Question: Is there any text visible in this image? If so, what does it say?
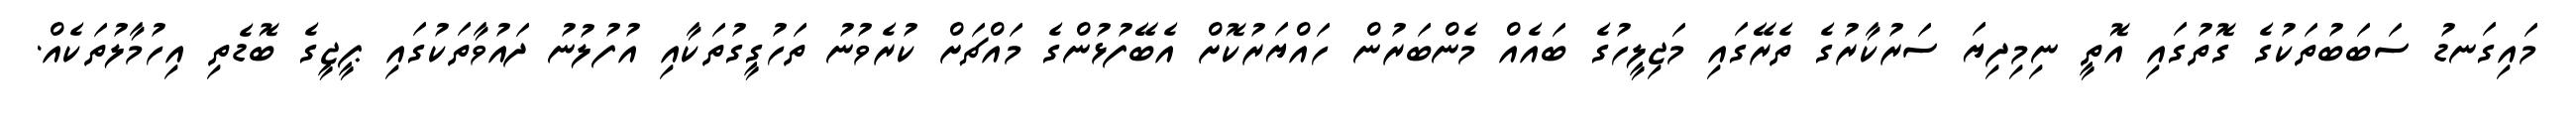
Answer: މައިގަނޑު ސަބަބުތަކުގެ ގޮތުގައި އޮތީ ނިމިދިޔަ ސަރުކާރުގެ ތެރޭގައި މަޖިލީހުގެ ބައެއް މެންބަރުން ހައްޔަރުކޮށް އެބޭފުޅުންގެ މައްޗަށް ކުރެވުނު ތަހުގީގުތަކާއި އުފުލުނު ދައުވާތަކުގައި ޕީޖީގެ ބޮޑެތި އިހުމާލުތަކެއް.